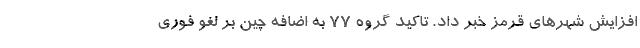
افزایش شهرهای قرمز خبر داد. تاکید گروه ۷۷ به اضافه چین بر لغو فوری